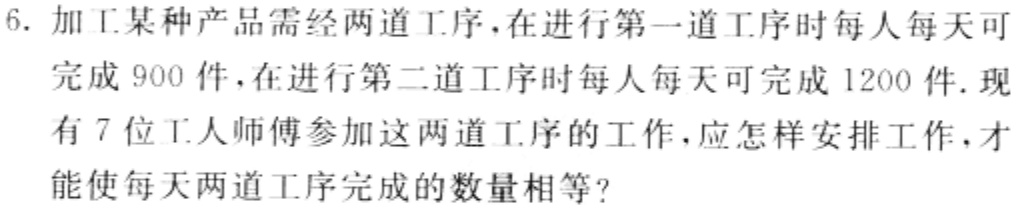
6. 加工某种产品需经两道工序，在进行第一道工序时每人每天可
完成 900 件，在进行第二道工序时每人每天可完成 1200 件. 现
有 7 位工人师傅参加这两道工序的工作，应怎样安排工作，才
能使每天两道工序完成的数量相等?